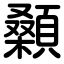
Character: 顙